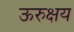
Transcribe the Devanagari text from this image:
ऊरुक्षय